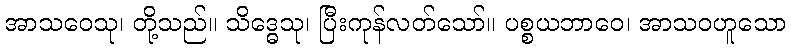
အာသဝေသု၊ တို့သည်။ သိဒ္ဓေသု၊ ပြီးကုန်လတ်သော်။ ပစ္စယဘာဝေ၊ အာသဝဟူသော